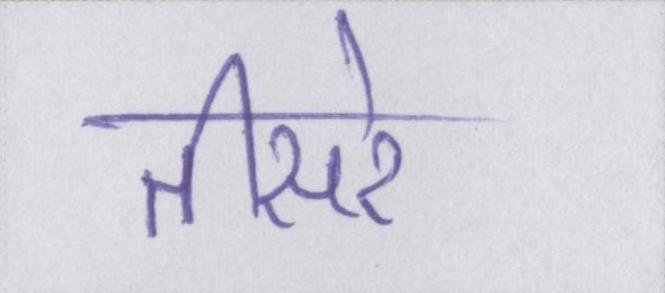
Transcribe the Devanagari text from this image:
तीसरे